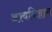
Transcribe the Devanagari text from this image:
अश्वविज्ञान